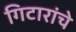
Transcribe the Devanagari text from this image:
गिटारांचे